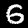
Label: 6